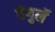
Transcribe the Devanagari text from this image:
वेगुर्ले